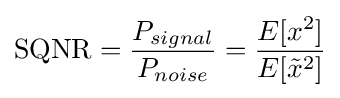
\mathrm {SQNR} ={\frac {P_{signal}}{P_{noise}}}={\frac {E[x^{2}]}{E[{\tilde {x}}^{2}]}}